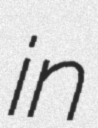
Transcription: in